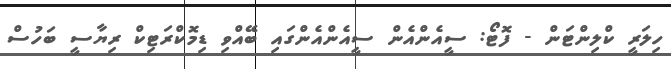
ހިލަރީ ކްލިންޓަން - ފޮޓޯ: ސީއެންއެން ސީއެންއެންގައި ބޭއްވި ޑިމޮކްރަޓިކް ރިޔާސީ ބަހުސް